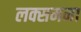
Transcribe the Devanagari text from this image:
लक्समना